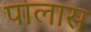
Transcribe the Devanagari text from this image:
पालास